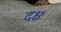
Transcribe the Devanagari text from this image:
दक्षः